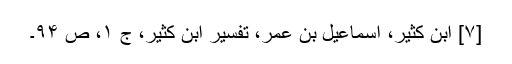
[۷] ابن کثیر، اسماعیل بن عمر، تفسیر ابن کثیر، ج ۱، ص ۹۴۔